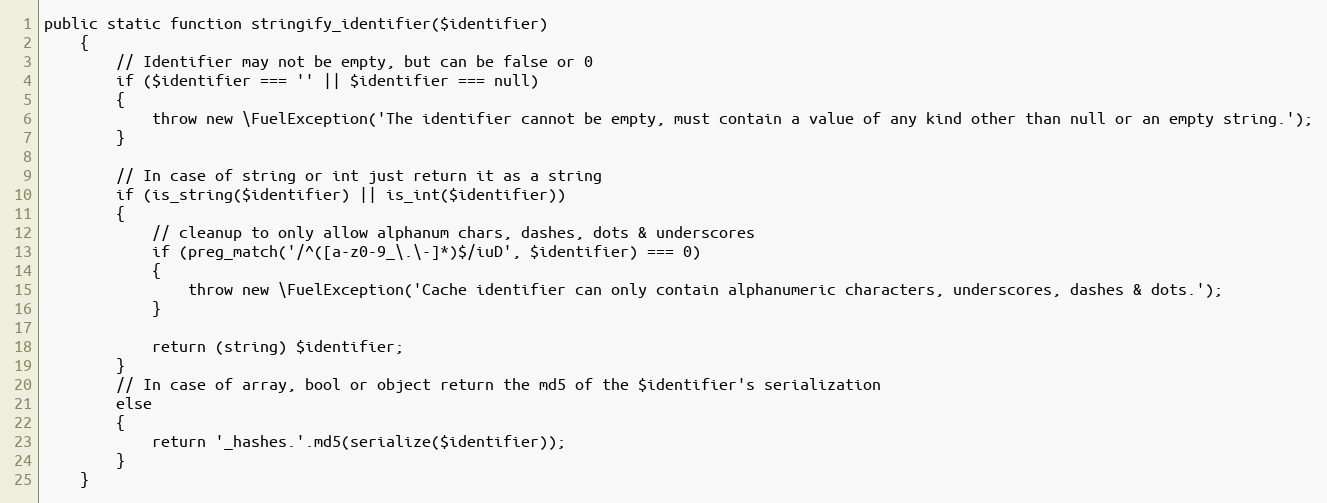
Language: PHP
public static function stringify_identifier($identifier)
	{
		// Identifier may not be empty, but can be false or 0
		if ($identifier === '' || $identifier === null)
		{
			throw new \FuelException('The identifier cannot be empty, must contain a value of any kind other than null or an empty string.');
		}

		// In case of string or int just return it as a string
		if (is_string($identifier) || is_int($identifier))
		{
			// cleanup to only allow alphanum chars, dashes, dots & underscores
			if (preg_match('/^([a-z0-9_\.\-]*)$/iuD', $identifier) === 0)
			{
				throw new \FuelException('Cache identifier can only contain alphanumeric characters, underscores, dashes & dots.');
			}

			return (string) $identifier;
		}
		// In case of array, bool or object return the md5 of the $identifier's serialization
		else
		{
			return '_hashes.'.md5(serialize($identifier));
		}
	}